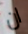
ان